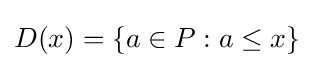
D(x)=\{a\in P:a\leq x\}